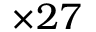
\times 2 7